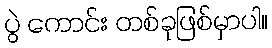
ပွဲ ကောင်း တစ်ခုဖြစ်မှာပါ။